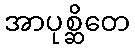
အာပုစ္ဆိတေ